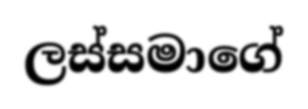
ලස්සමාගේ